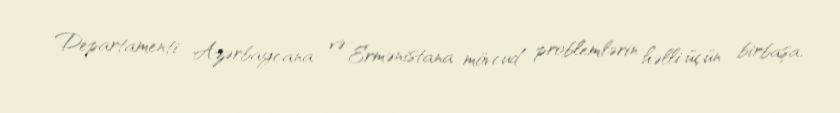
Departamenti Azərbaycana və Ermənistana mövcud problemlərin həlli üçün birbaşa,